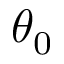
\theta _ { 0 }